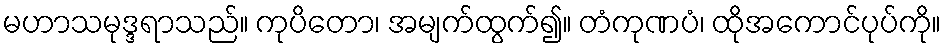
မဟာသမုဒ္ဒရာသည်။ ကုပိတော၊ အမျက်ထွက်၍။ တံကုဏပံ၊ ထိုအကောင်ပုပ်ကို။